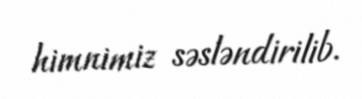
himnimiz səsləndirilib.